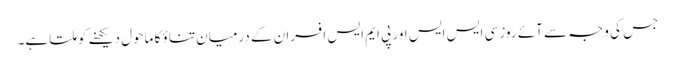
جس کی وجہ سے آئے روز سی ایس ایس اور پی ایم ایس افسران کے درمیان تناؤ کا ماحول دیکھنے کو ملتا ہے۔